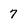
Character: 7